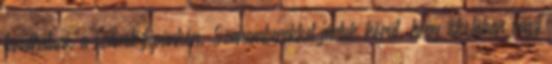
tanulhatunk a számítógépünkön. Szakemberekkel jártuk körül, hogy iskolában vagy